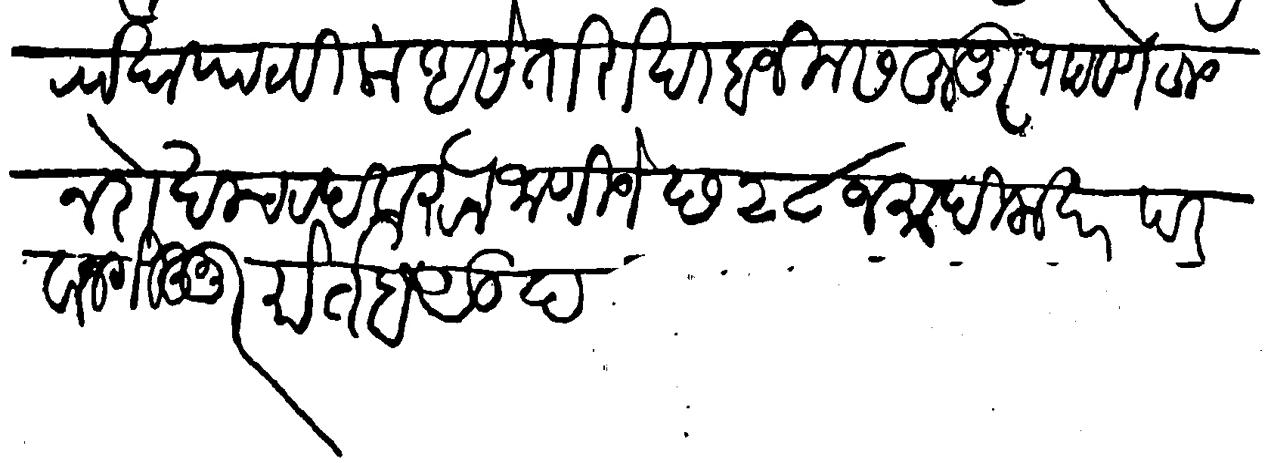
Transliteration (Devanagari): रोखा पाठविला असे तो रोखा वजिनस हुजूर पाठवणे हुजरु न रोखाच रद करुन जाणिजे छ २८ जमादिलाखर परवानगी हुजूर मोर्तब सुद